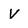
Character: V